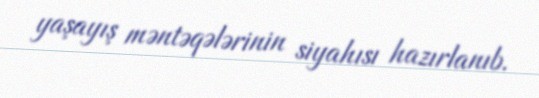
yaşayış məntəqələrinin siyahısı hazırlanıb.